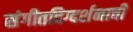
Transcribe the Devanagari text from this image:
संगीतदिग्दर्शनाची